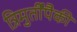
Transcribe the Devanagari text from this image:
त्रिमुर्तींपैकी